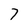
Character: 7